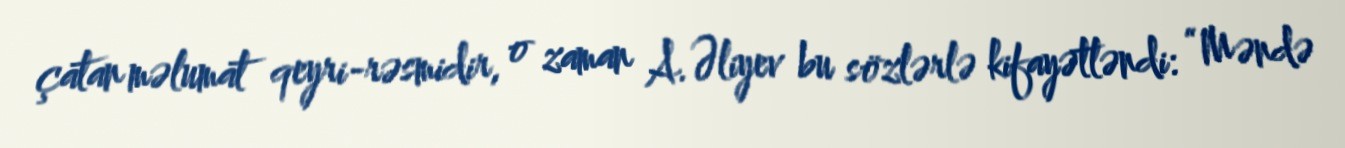
çatan məlumat qeyri-rəsmidir, o zaman A.Əliyev bu sözlərlə kifayətləndi: “Məndə